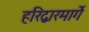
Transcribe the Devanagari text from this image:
हरिद्वारमार्गे